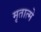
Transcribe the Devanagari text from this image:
मृतात्मे